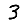
Digit: 3